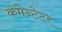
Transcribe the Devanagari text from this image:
कमेन्टेटर